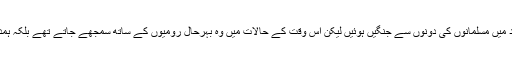
حالانکہ رومی اور فارسی دونوں کافر تھے اور بعد میں مسلمانوں کی دونوں سے جنگیں ہوئیں لیکن اس وقت کے حالات میں وہ بہرحال رومیوں کے ساتھ سمجھے جاتے تھے بلکہ ہمددی اور دلچسپی کی حد تک ان کے ساتھ تھے بھی۔